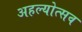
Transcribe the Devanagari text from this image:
अहल्योत्सव